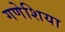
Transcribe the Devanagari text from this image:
गणेशिया